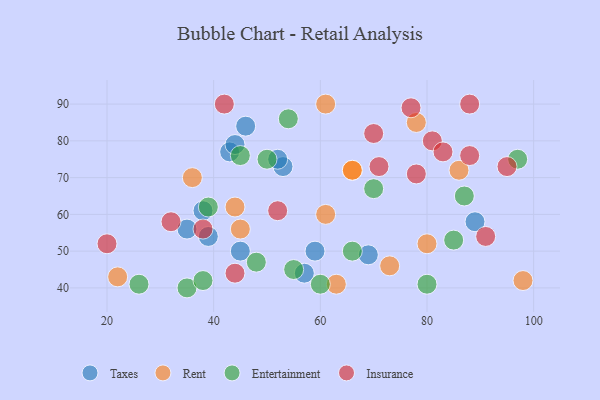
{"axis": {"x": "GDP", "y": "Life Expectancy"}, "legend": ["Entertainment", "Insurance", "Rent", "Taxes"], "data": [{"x": "43", "y": 77, "type": "Taxes"}, {"x": "39", "y": 54, "type": "Taxes"}, {"x": "57", "y": 44, "type": "Taxes"}, {"x": "69", "y": 49, "type": "Taxes"}, {"x": "38", "y": 61, "type": "Taxes"}, {"x": "59", "y": 50, "type": "Taxes"}, {"x": "53", "y": 73, "type": "Taxes"}, {"x": "35", "y": 56, "type": "Taxes"}, {"x": "44", "y": 79, "type": "Taxes"}, {"x": "52", "y": 75, "type": "Taxes"}, {"x": "89", "y": 58, "type": "Taxes"}, {"x": "46", "y": 84, "type": "Taxes"}, {"x": "45", "y": 50, "type": "Taxes"}, {"x": "86", "y": 72, "type": "Rent"}, {"x": "44", "y": 62, "type": "Rent"}, {"x": "45", "y": 56, "type": "Rent"}, {"x": "66", "y": 72, "type": "Rent"}, {"x": "73", "y": 46, "type": "Rent"}, {"x": "22", "y": 43, "type": "Rent"}, {"x": "80", "y": 52, "type": "Rent"}, {"x": "98", "y": 42, "type": "Rent"}, {"x": "78", "y": 85, "type": "Rent"}, {"x": "61", "y": 90, "type": "Rent"}, {"x": "63", "y": 41, "type": "Rent"}, {"x": "66", "y": 72, "type": "Rent"}, {"x": "61", "y": 60, "type": "Rent"}, {"x": "36", "y": 70, "type": "Rent"}, {"x": "66", "y": 50, "type": "Entertainment"}, {"x": "54", "y": 86, "type": "Entertainment"}, {"x": "60", "y": 41, "type": "Entertainment"}, {"x": "35", "y": 40, "type": "Entertainment"}, {"x": "39", "y": 62, "type": "Entertainment"}, {"x": "70", "y": 67, "type": "Entertainment"}, {"x": "80", "y": 41, "type": "Entertainment"}, {"x": "26", "y": 41, "type": "Entertainment"}, {"x": "45", "y": 76, "type": "Entertainment"}, {"x": "85", "y": 53, "type": "Entertainment"}, {"x": "38", "y": 42, "type": "Entertainment"}, {"x": "48", "y": 47, "type": "Entertainment"}, {"x": "50", "y": 75, "type": "Entertainment"}, {"x": "55", "y": 45, "type": "Entertainment"}, {"x": "87", "y": 65, "type": "Entertainment"}, {"x": "97", "y": 75, "type": "Entertainment"}, {"x": "77", "y": 89, "type": "Insurance"}, {"x": "91", "y": 54, "type": "Insurance"}, {"x": "38", "y": 56, "type": "Insurance"}, {"x": "32", "y": 58, "type": "Insurance"}, {"x": "78", "y": 71, "type": "Insurance"}, {"x": "81", "y": 80, "type": "Insurance"}, {"x": "42", "y": 90, "type": "Insurance"}, {"x": "95", "y": 73, "type": "Insurance"}, {"x": "20", "y": 52, "type": "Insurance"}, {"x": "88", "y": 76, "type": "Insurance"}, {"x": "88", "y": 90, "type": "Insurance"}, {"x": "52", "y": 61, "type": "Insurance"}, {"x": "70", "y": 82, "type": "Insurance"}, {"x": "44", "y": 44, "type": "Insurance"}, {"x": "71", "y": 73, "type": "Insurance"}, {"x": "83", "y": 77, "type": "Insurance"}]}